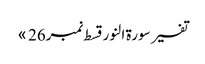
تفسیر سورۃ النور قسط نمبر26 »